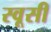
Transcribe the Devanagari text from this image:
स्वूसी